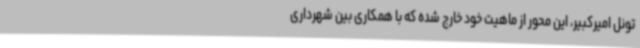
تونل امیرکبیر، این محور از ماهیت خود خارج شده که با همکاری بین شهرداری